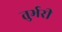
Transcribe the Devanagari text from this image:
तुर्भरी